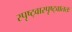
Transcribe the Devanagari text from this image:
स्पृष्ट्वास्पृष्ट्वाततः